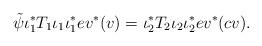
LaTeX: \begin{align*}\tilde \psi \iota_1^{\ast}T_1 \iota_1 \iota_1^{\ast} ev^{\ast}(v) = \iota_2^{\ast}T_2 \iota_2 \iota_2^{\ast}ev^{\ast}(cv). \end{align*}